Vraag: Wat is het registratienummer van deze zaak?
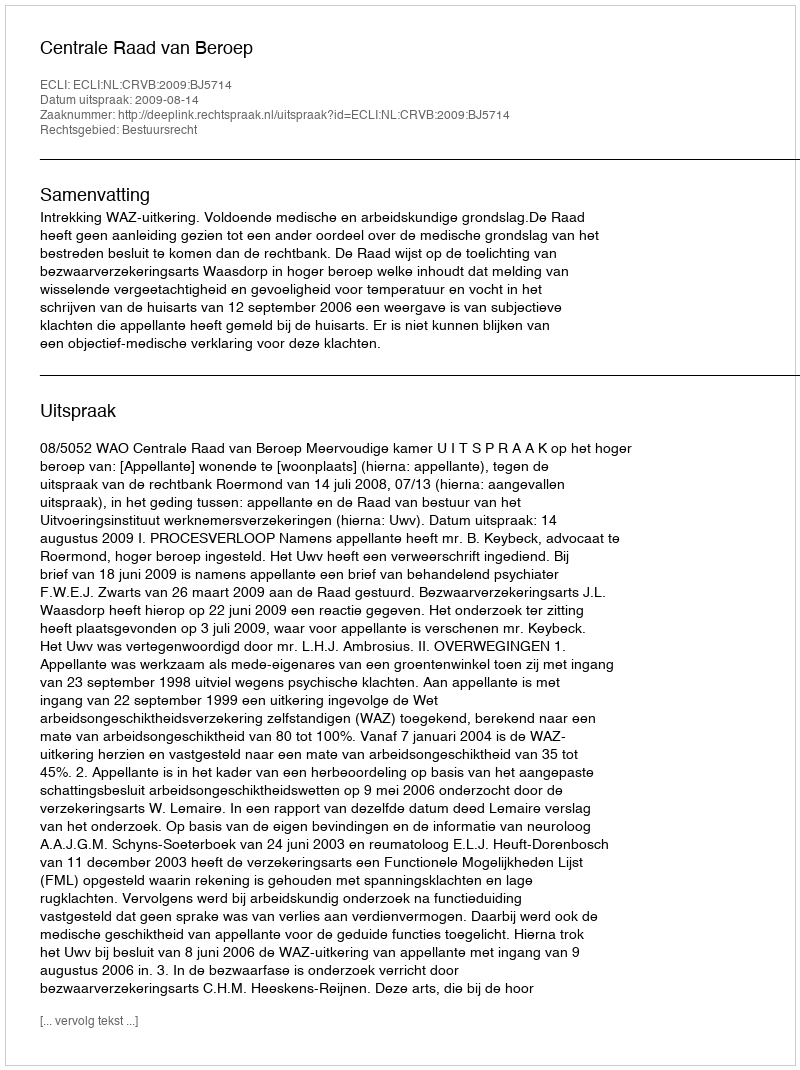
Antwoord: http://deeplink.rechtspraak.nl/uitspraak?id=ECLI:NL:CRVB:2009:BJ5714